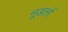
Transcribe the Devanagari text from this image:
नूडलों